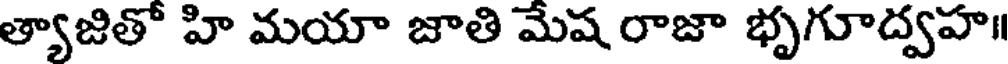
త్యాజితో హి మయా జాతి మేష రాజా భృగూద్వహ